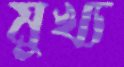
মুখ্য